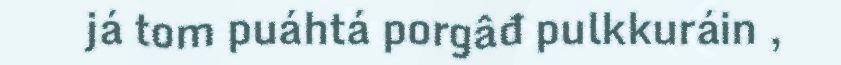
já tom puáhtá porgâđ pulkkuráin ,